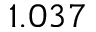
1 . 0 3 7